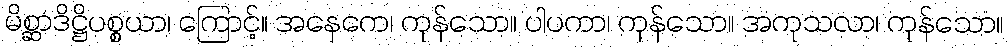
မိစ္ဆာဒိဋ္ဌိပစ္စယာ၊ ကြောင့်။ အနေကေ၊ ကုန်သော။ ပါပကာ၊ ကုန်သော။ အကုသလာ၊ ကုန်သော။